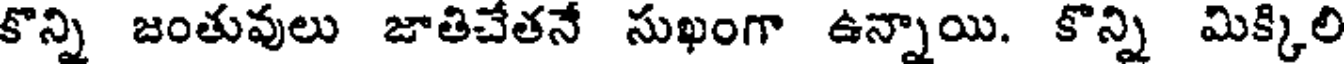
కొన్ని జంతువులు జాతిచేతనే సుఖంగా ఉన్నాయి. కొన్ని మిక్కిలి